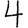
Digit: 4